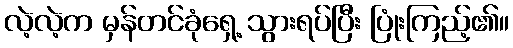
လဲ့လဲ့က မှန်တင်ခုံရှေ့ သွားရပ်ပြီး ပြုံးကြည့်၏။